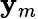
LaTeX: \mathbf{y}_{m}